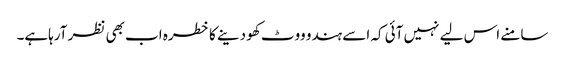
سامنے اس لیے نہیں آئی کہ اسے ہندو ووٹ کھو دینے کا خطرہ اب بھی نظر آرہاہے۔